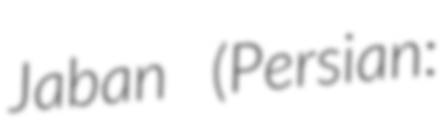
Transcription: Jaban (Persian: